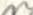
n